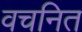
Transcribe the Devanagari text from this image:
वचनित